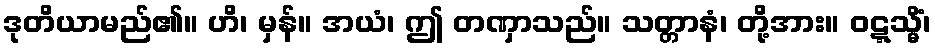
ဒုတိယာမည်၏။ ဟိ၊ မှန်။ အယံ၊ ဤ တဏှာသည်။ သတ္တာနံ၊ တို့အား။ ဝဋ္ဋသ္မိံ၊